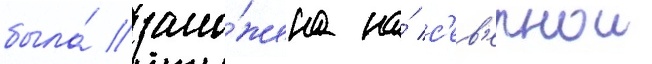
была́ зало́жена на́ с'ев'ернои